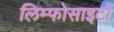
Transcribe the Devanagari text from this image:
लिम्फोसाइटों